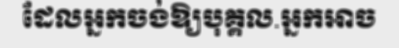
ដែលអ្នកចង់ឱ្យបុគ្គល.អ្នកអាច